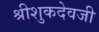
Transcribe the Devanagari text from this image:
श्रीशुकदेवजी